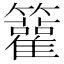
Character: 𥷬